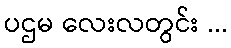
ပဌမ လေးလတွင်း ...